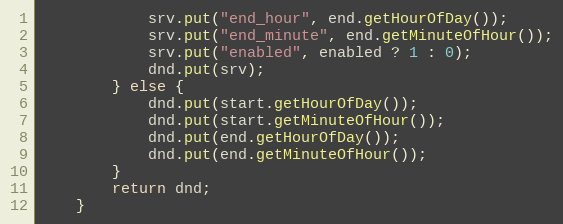
Language: Java
            srv.put("end_hour", end.getHourOfDay());
            srv.put("end_minute", end.getMinuteOfHour());
            srv.put("enabled", enabled ? 1 : 0);
            dnd.put(srv);
        } else {
            dnd.put(start.getHourOfDay());
            dnd.put(start.getMinuteOfHour());
            dnd.put(end.getHourOfDay());
            dnd.put(end.getMinuteOfHour());
        }
        return dnd;
    }